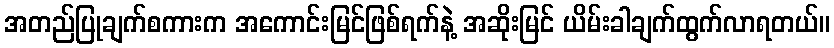
အတည်ပြုချက်စကားက အကောင်းမြင်ဖြစ်ရက်နဲ့ အဆိုးမြင် ယိမ်းခါချက်ထွက်လာရတယ်။